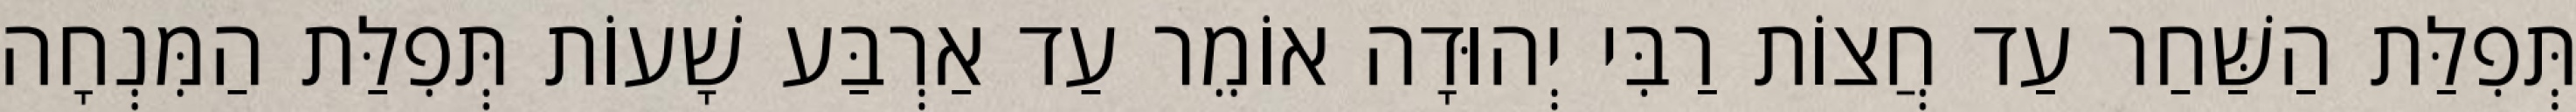
תְּפִלַּת הַשַּׁחַר עַד חֲצוֹת רַבִּי יְהוּדָה אוֹמֵר עַד אַרְבַּע שָׁעוֹת תְּפִלַּת הַמִּנְחָה